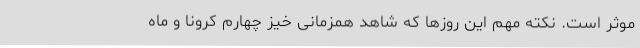
موثر است. نکته مهم این روزها که شاهد همزمانی خیز چهارم کرونا و ماه